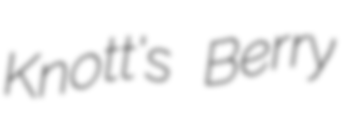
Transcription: Knott's Berry